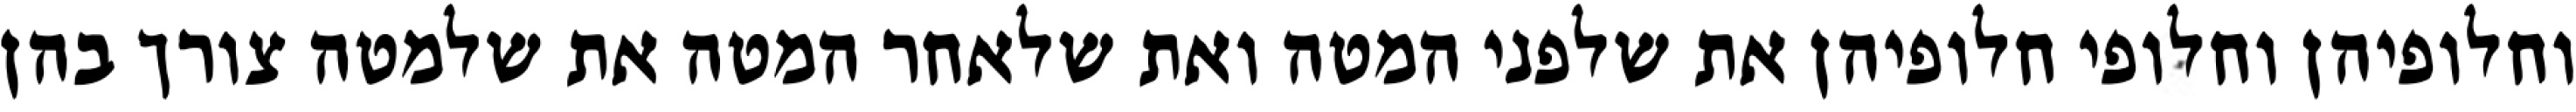
וחלופיהן וחלופי חלופיהן את שלפני המטה ואת שלאחר המטה את שלמטה צורך בהן